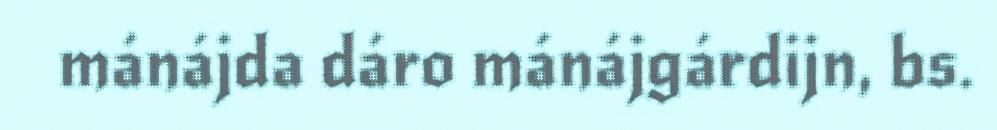
mánájda dáro mánájgárdijn, bs.